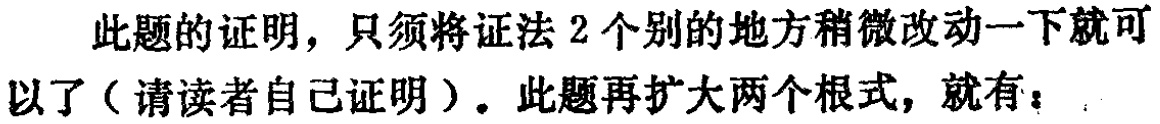
此题的证明，只须将证法2个别的地方稍微改动一下就可以了（请读者自己证明）。此题再扩大两个根式，就有：